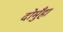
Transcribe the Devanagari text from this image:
दोमुँहा